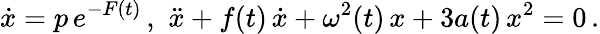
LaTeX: \dot{x}=p\, e^{-F(t)}\, ,\, \, \ddot{x}+f(t)\, \dot{x}+\omega^{2}(t)\, x+3a(t)\, x^{2}=0\, .